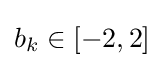
b_{k}\in [-2,2]